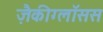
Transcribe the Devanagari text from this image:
ज़ैकीग्लॉसस